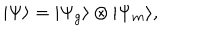
LaTeX: | \Psi \rangle = | \Psi _ { g } \rangle \otimes | \Psi _ { m } \rangle ,